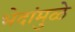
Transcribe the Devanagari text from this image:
भेदांमुळे